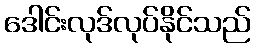
ဒေါင်းလုဒ်လုပ်နိုင်သည်